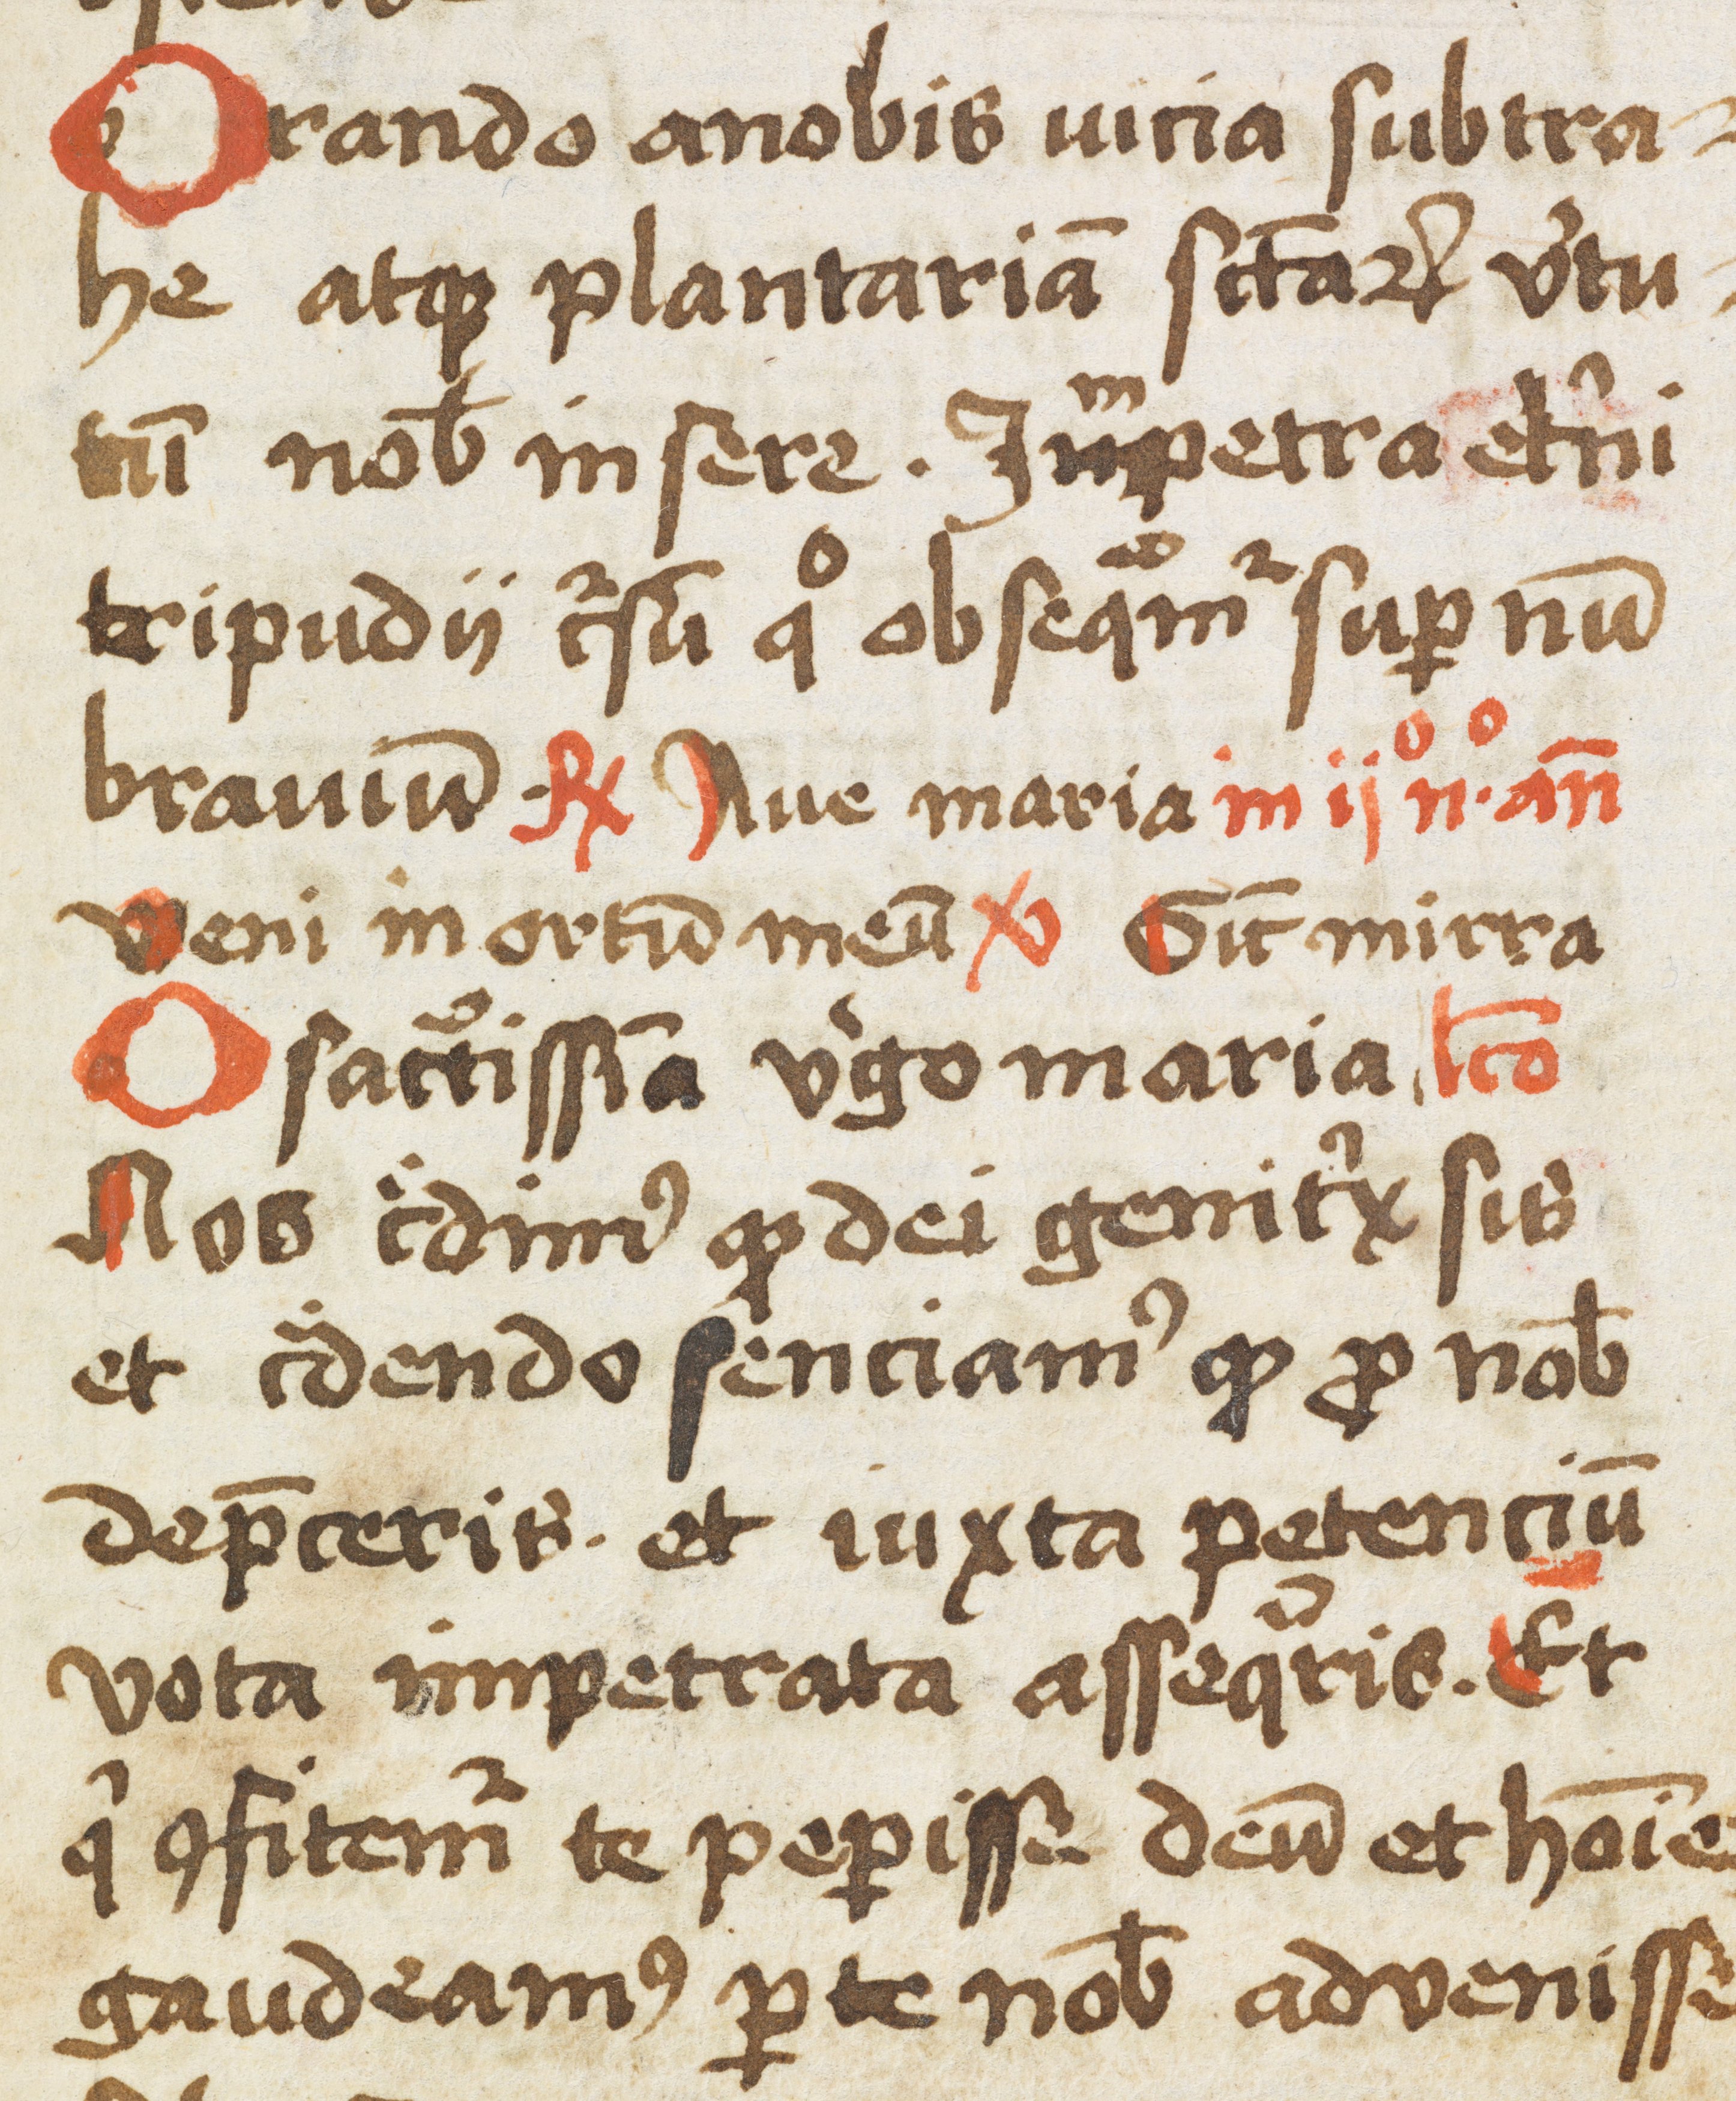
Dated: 1433–1465